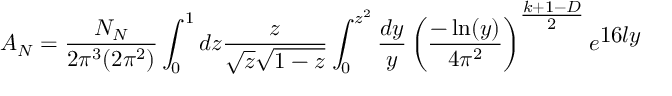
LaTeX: A _ { N } = \frac { { \cal N } _ { N } } { 2 \pi ^ { 3 } ( 2 \pi ^ { 2 } ) } \int _ { 0 } ^ { 1 } d z \frac { z } { \sqrt { z } \sqrt { 1 - z } } \int _ { 0 } ^ { z ^ { 2 } } \frac { d y } { y } \left( \frac { - \ln ( y ) } { 4 \pi ^ { 2 } } \right) ^ { { \textstyle { \frac { k + 1 - D } { 2 } } } } e ^ { { \textstyle 1 6 l y } }